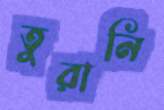
তুরানি